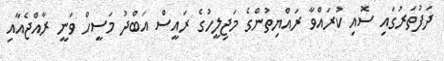
ދަފުތަރުގައި ސޮއި ކުރައްވާ ރައްޔިތުންގެ މަޖިލީހުގެ ރައީސް އަބްދު މަސީހް ވަނީ ރާއްޖެއާއި